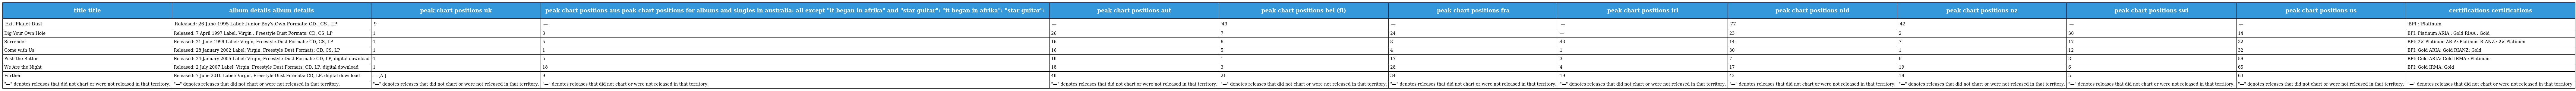
| title title | album details album details | peak chart positions uk | peak chart positions aus peak chart positions for albums and singles in australia: all except "it began in afrika" and "star guitar": "it began in afrika": "star guitar": | peak chart positions aut | peak chart positions bel (fl) | peak chart positions fra | peak chart positions irl | peak chart positions nld | peak chart positions nz | peak chart positions swi | peak chart positions us | certifications certifications |
 | --- | --- | --- | --- | --- | --- | --- | --- | --- | --- | --- | --- | --- |
 | Exit Planet Dust | Released: 26 June 1995 Label: Junior Boy's Own Formats: CD , CS , LP | 9 | — | — | 49 | — | — | 77 | 42 | — | — | BPI : Platinum |
 | Dig Your Own Hole | Released: 7 April 1997 Label: Virgin , Freestyle Dust Formats: CD, CS, LP | 1 | 3 | 26 | 7 | 24 | — | 23 | 2 | 30 | 14 | BPI: Platinum ARIA : Gold RIAA : Gold |
 | Surrender | Released: 21 June 1999 Label: Virgin, Freestyle Dust Formats: CD, CS, LP | 1 | 5 | 16 | 6 | 8 | 43 | 14 | 7 | 17 | 32 | BPI: 2× Platinum ARIA: Platinum RIANZ : 2× Platinum |
 | Come with Us | Released: 28 January 2002 Label: Virgin, Freestyle Dust Formats: CD, CS, LP | 1 | 1 | 16 | 5 | 4 | 1 | 30 | 1 | 12 | 32 | BPI: Gold ARIA: Gold RIANZ: Gold |
 | Push the Button | Released: 24 January 2005 Label: Virgin, Freestyle Dust Formats: CD, LP, digital download | 1 | 5 | 18 | 1 | 17 | 3 | 7 | 8 | 8 | 59 | BPI: Gold ARIA: Gold IRMA : Platinum |
 | We Are the Night | Released: 2 July 2007 Label: Virgin, Freestyle Dust Formats: CD, LP, digital download | 1 | 18 | 18 | 3 | 28 | 4 | 17 | 19 | 6 | 65 | BPI: Gold IRMA: Gold |
 | Further | Released: 7 June 2010 Label: Virgin, Freestyle Dust Formats: CD, LP, digital download | — [A ] | 9 | 48 | 21 | 34 | 19 | 42 | 19 | 5 | 63 |  |
 | "—" denotes releases that did not chart or were not released in that territory. | "—" denotes releases that did not chart or were not released in that territory. | "—" denotes releases that did not chart or were not released in that territory. | "—" denotes releases that did not chart or were not released in that territory. | "—" denotes releases that did not chart or were not released in that territory. | "—" denotes releases that did not chart or were not released in that territory. | "—" denotes releases that did not chart or were not released in that territory. | "—" denotes releases that did not chart or were not released in that territory. | "—" denotes releases that did not chart or were not released in that territory. | "—" denotes releases that did not chart or were not released in that territory. | "—" denotes releases that did not chart or were not released in that territory. | "—" denotes releases that did not chart or were not released in that territory. | "—" denotes releases that did not chart or were not released in that territory. |